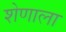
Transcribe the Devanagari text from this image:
शेणाला